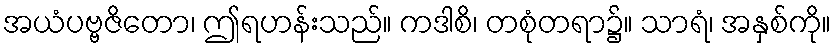
အယံပဗ္ဗဇိတော၊ ဤရဟန်းသည်။ ကဒါစိ၊ တစုံတရာ၌။ သာရံ၊ အနှစ်ကို။